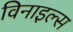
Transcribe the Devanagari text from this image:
विनाइल्स